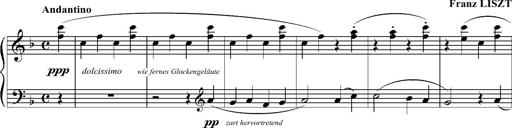
Title: Ave Maria d' Arcadelt
Composer: Franz Liszt